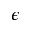
\epsilon